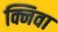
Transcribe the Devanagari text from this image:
क्निवा